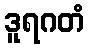
ဒူရဂတံ